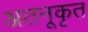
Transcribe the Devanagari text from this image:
अतनूकृत